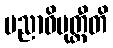
ပညာဝိမုတ္တီတိ